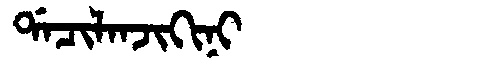
Manchu: ᡩᠠᠴᡳᠯᠠᠨᠵᡳᡴᡳᠨᡳ
Romanization: DACILANJIKINI